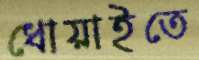
ধোয়াইতে